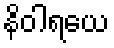
နိဝါရယေ